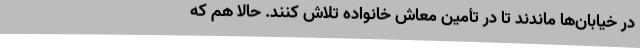
در خیابان‌ها ماندند تا در تأمین معاش خانواده تلاش کنند. حالا هم که